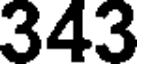
343